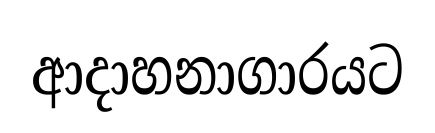
ආදාහනාගාරයට